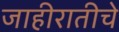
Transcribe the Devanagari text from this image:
जाहीरातीचे